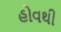
હોવથી